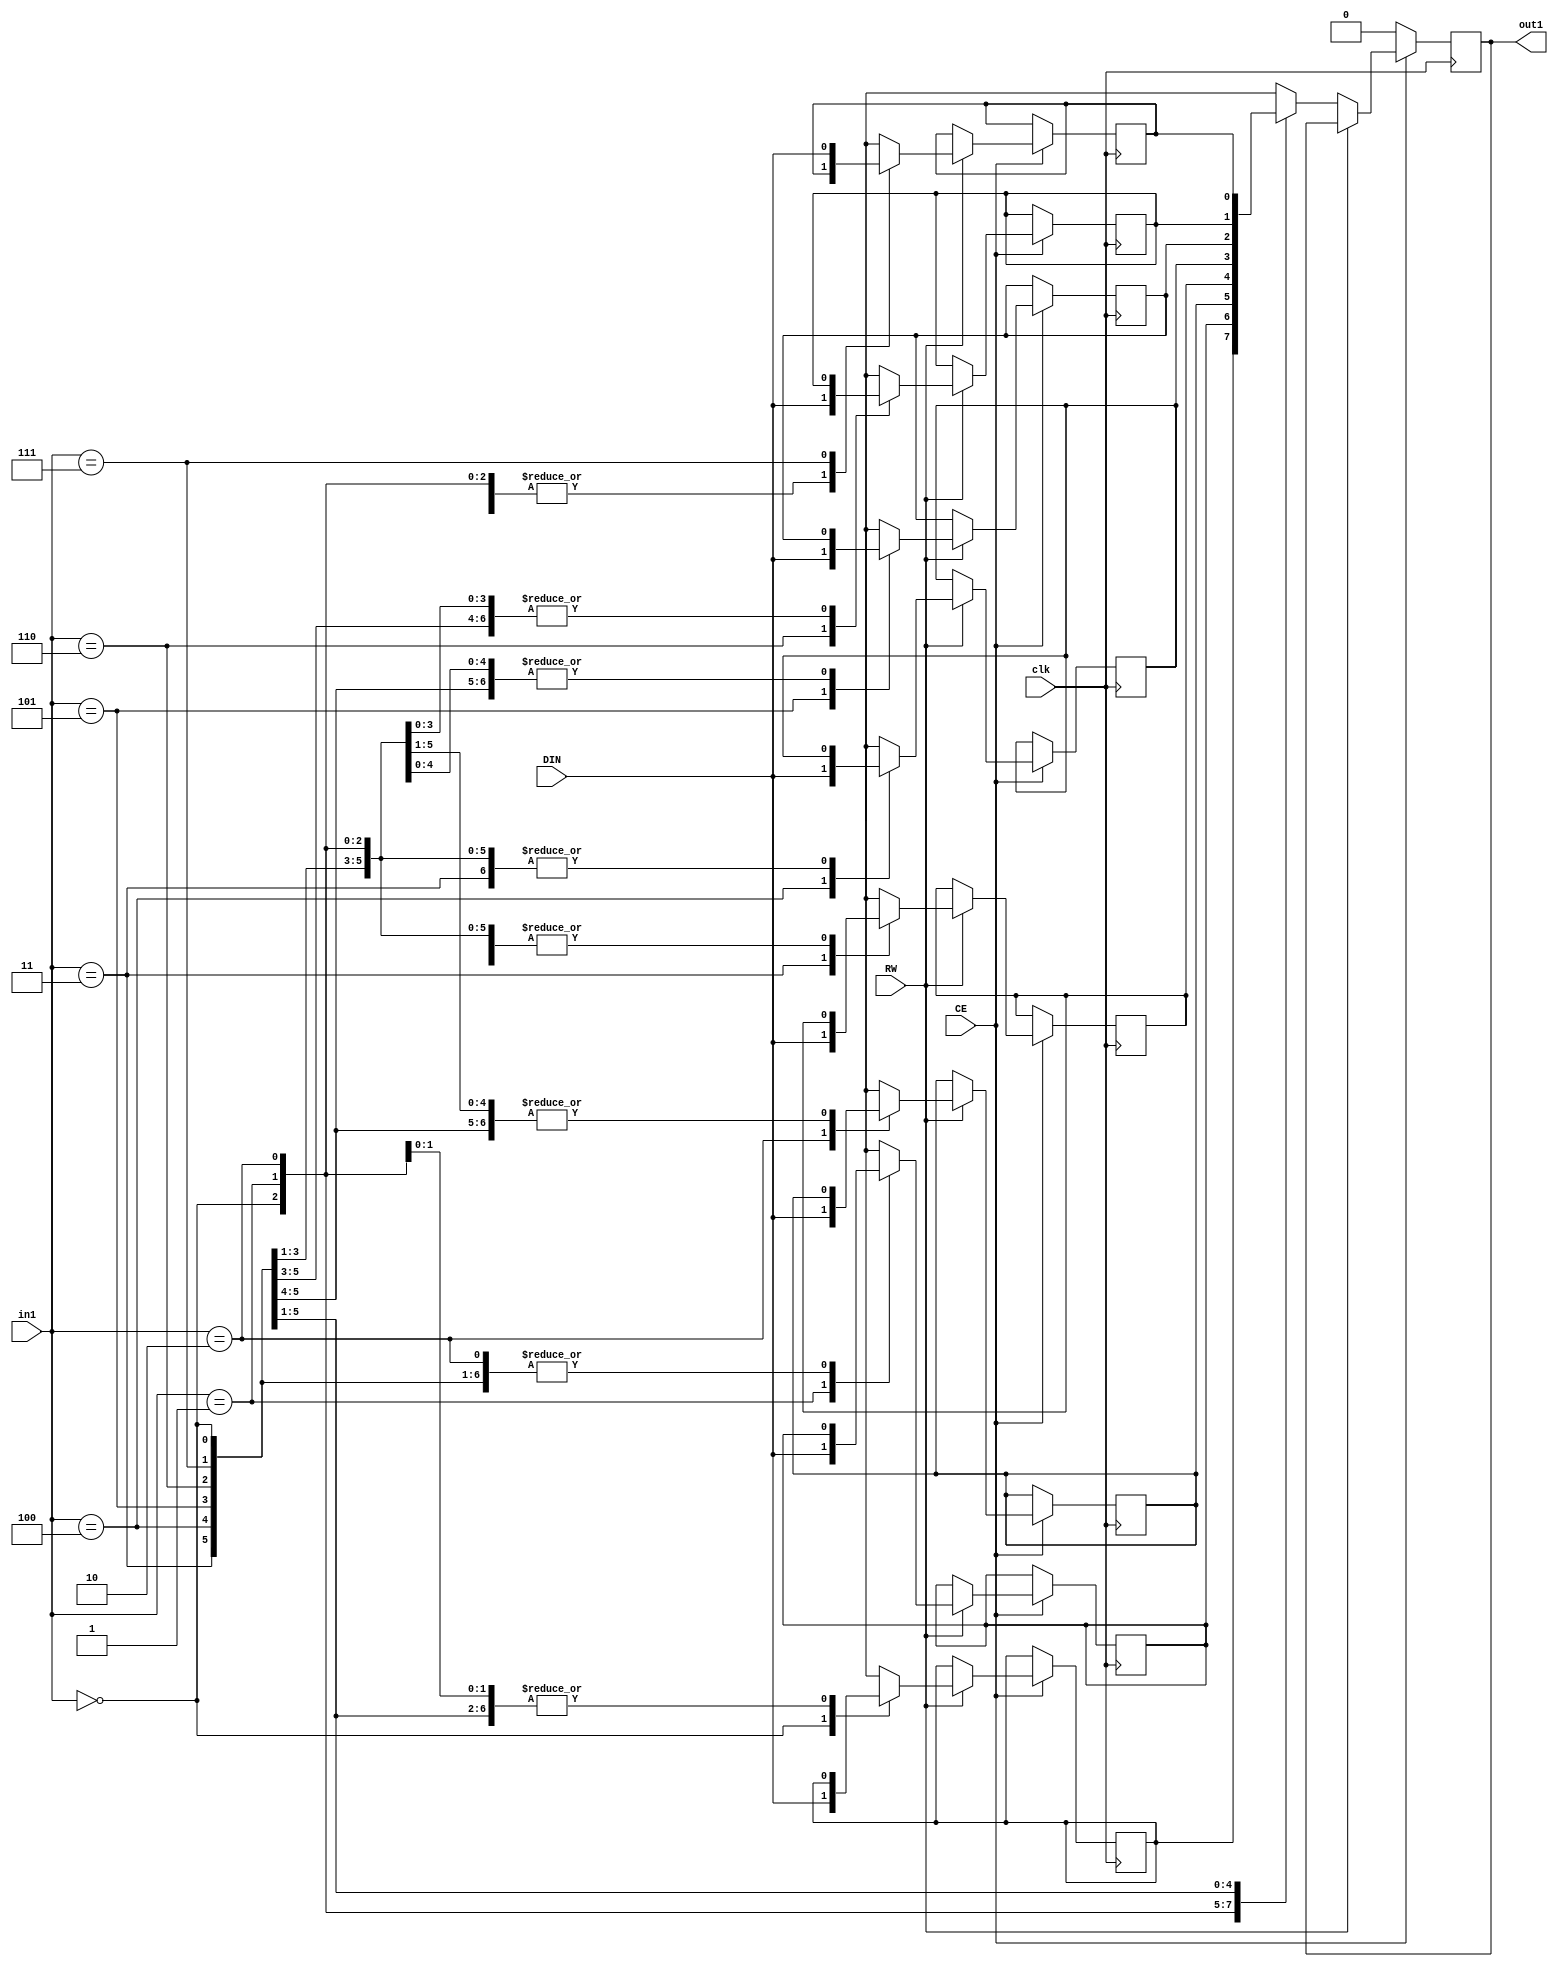
// Generated by stratus_hls 19.12-s100  (91710.131054)
// Mon Apr 25 11:38:31 2022
// from ../DFT_compute.cpp

`timescale 1ps / 1ps

      
module DFT_compute_RAM_8X1_1(DIN, CE, RW, in1, out1, clk);

      input DIN;
      input CE;
      input RW;
      input [2:0] in1;
      input clk;
      output out1;
      reg out1;
      reg[0:0] mem[7:0];

         always @(posedge clk)
          begin :DFT_compute_RAM_8X1_1_thread_1
            if (CE) begin
               if (RW) begin
                  mem[in1] = DIN;
               end
               else begin
                  out1 <= mem[in1];
               end
            end
            else begin
               out1 <= 1'b0;
            end
         end


endmodule